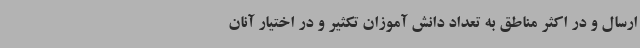
ارسال و در اکثر مناطق به تعداد دانش آموزان تکثیر و در اختیار آنان